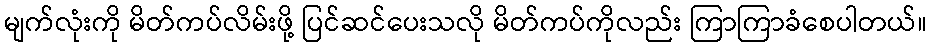
မျက်လုံးကို မိတ်ကပ်လိမ်းဖို့ ပြင်ဆင်ပေးသလို မိတ်ကပ်ကိုလည်း ကြာကြာခံစေပါတယ်။